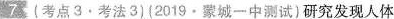
7(考点3.考法3)(2019·蒙城一中测试)研究发现人体